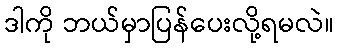
ဒါကို ဘယ်မှာပြန်ပေးလို့ရမလဲ။